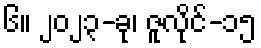
၆။ ၂၀၂၃-ခု၊ ဇူလိုင်-၁၅